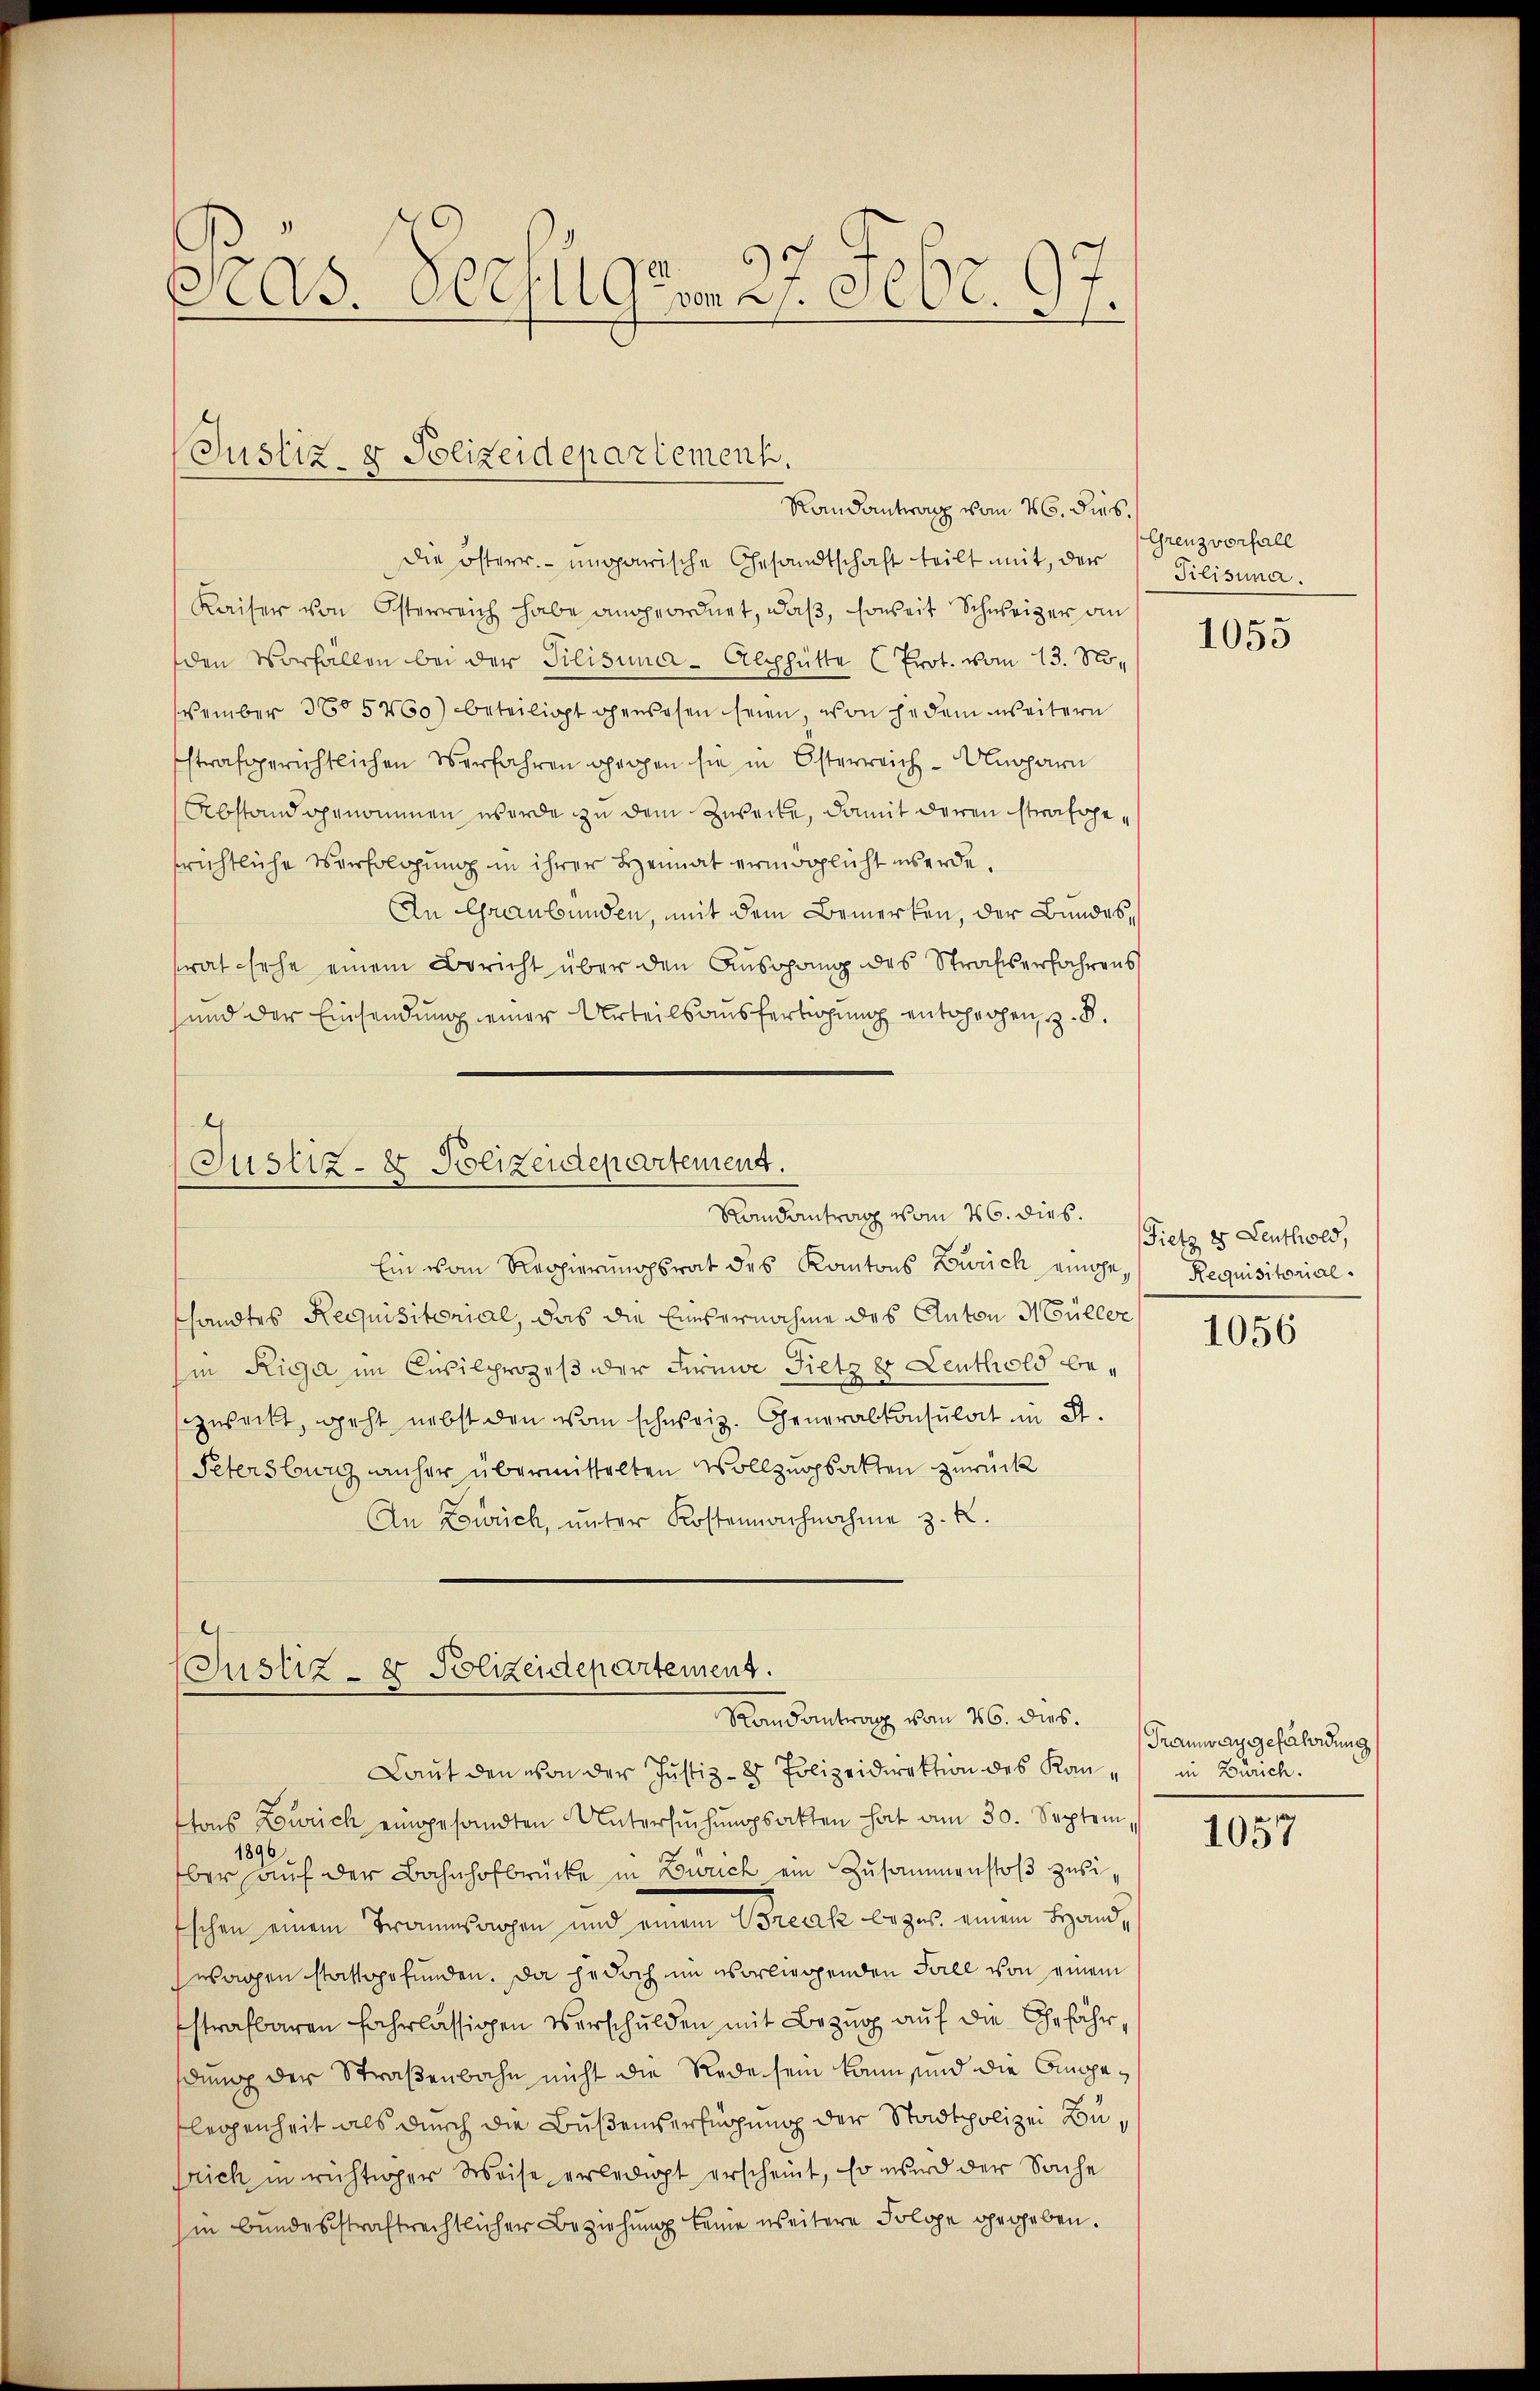
Pras. Seefugten 22. Febr. 97.

Justiz- & Polizeidepartement.
Randantrag vom 26. dies

die österr.-ungarische Gesandtschaft teilt mit, der
Kaiser von Österreich habe angeordnet, daß, soweit Schweizer an
den Vorfallen bei der Pilisima-Alphütte (Prot. vom 13. November 3605460) beteiligt gewesen seien, von jedem weitern
strafgerichtlichen Verfahren gegen sie in Österreich - Ungarn
Abstand genommen wurde zu dem Zwecke, damit deren strafgesrichtliche Verfolgung in ihrer Heimat ermöglicht werde.
An Graubünden, mit dem Bemerken, der Bundes,
trat sehe einem Bericht über den Ausgang des Strafserfahrens
und der Einsendung einer Urteilsausfertigung entwerfen, z. B.

Justiz- & Polizeidepartement.
Randantrag vom 16. dies. Gietz 4 Leuthold,

Ein vom Regierungsrat des Kantons Zürich einge- Requisitorialshandtes Requisitonial, das die Einvernahme des Anton Müller
Iin Riga im Civilprozeß der Firma Fietz er Leuthold bezudeckt, geht nebst den vom schweiz. Generalkonsulat in St.
Petersburg anher übermittelten Vollzugsakten zurück
An Zweck, unter Kostennachnahme z. R.

(Justiz- & Polizeidepartement.
Randantrag vom 26. dies.

Lauf den von der Justiz- & Polizeidirektion des Kan - in Zürich.
ttons Zürich eingesandten Untersŭchŭngsakten hat am 30. Septem,
1896
ber auf der Bahnhofbrücke in Zürich ein Zusammenstoß zusi¬
Eschen einem Traumsachen und einem Break bezus. einem Hand,
wachen stattgefunden. Da jedoch im vorliegenden Fall von einem
Estrafbaren fahrlässigen Verschulden mit Bezug auf die Ehefähr,
dung der Straßenbahn nicht die Rede sein kann sind die Ampe¬
Flegenheit als durch die Bußensverfügung der Stadtpolizei Busrich in richtiger Weise erledigt erscheint, so wird der Sache
in bundesstraftrechtlicher Beziehung keine weitere Folge gegeben.

Grenzvorfall
Tilisima.

1055

1056

Tramway gefährdung

1057